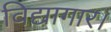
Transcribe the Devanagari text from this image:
विद्यागार।